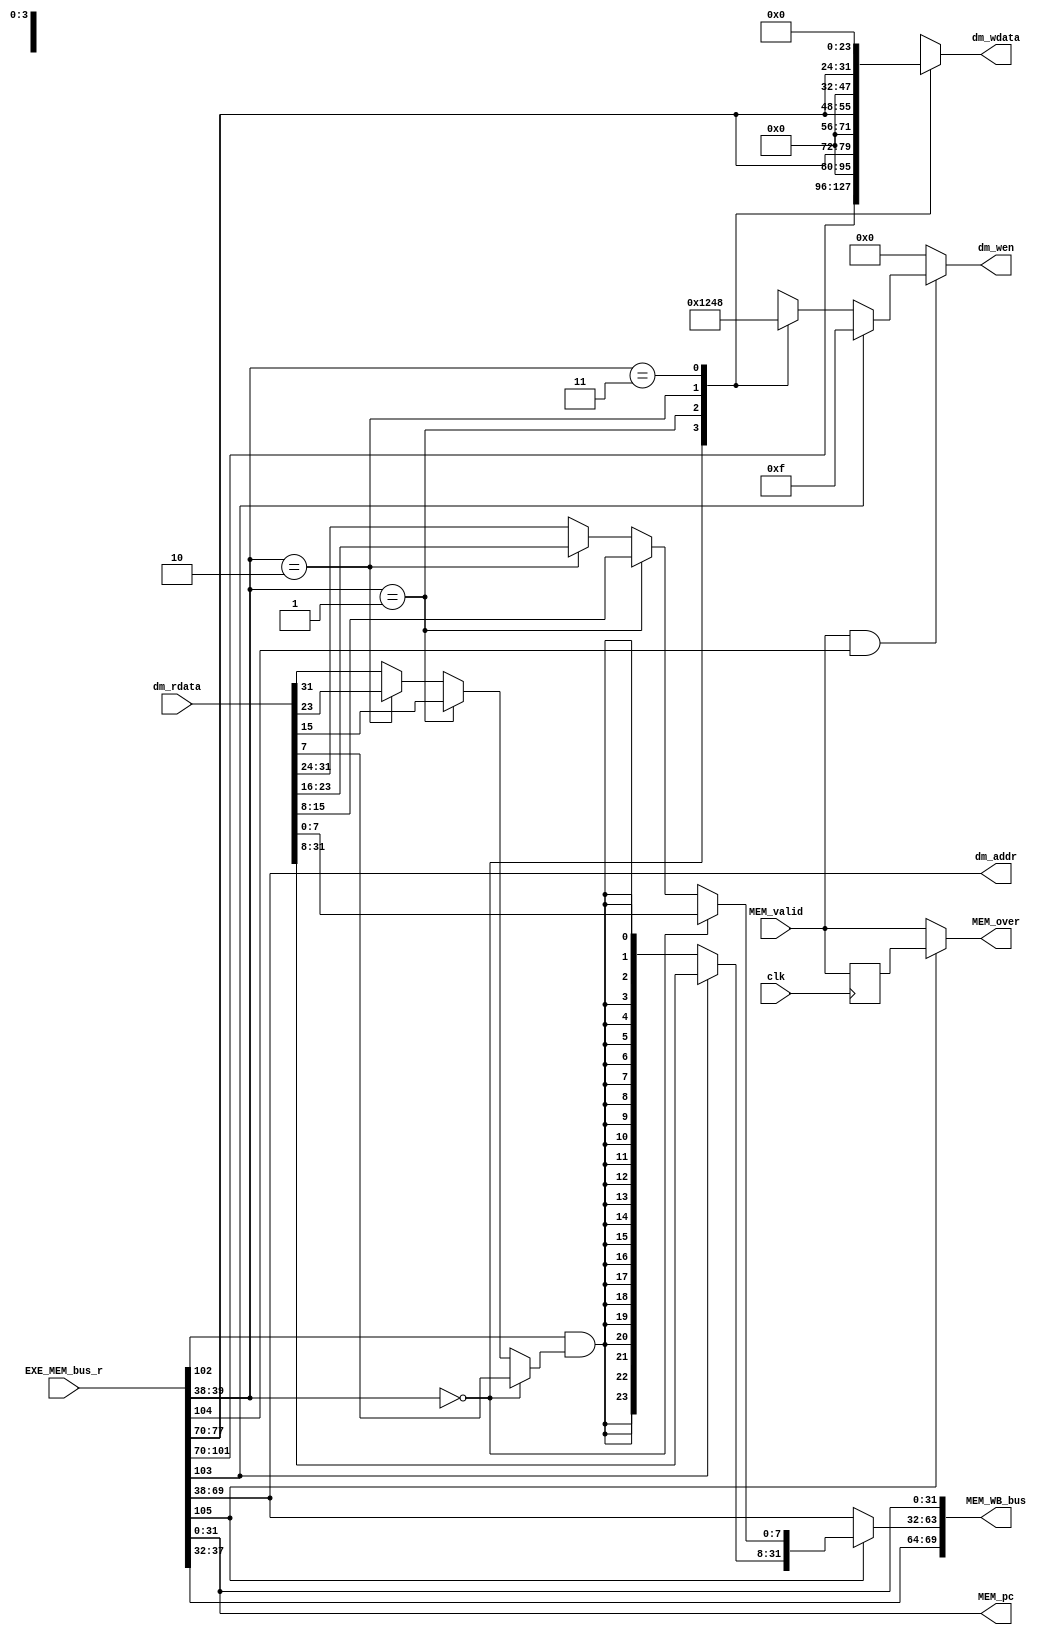
`timescale 1ps / 1ps
module st4_mem (  // 
    input clk,  // 
    input MEM_valid,  // 
    input [105:0] EXE_MEM_bus_r,  //EXE->MEM
    input [31:0] dm_rdata,  // 
    output [31:0] dm_addr,  // 
    output reg [3:0] dm_wen,  // 
    output reg [31:0] dm_wdata,  // 
    output MEM_over,  // MEM
    output [69:0] MEM_WB_bus,  // MEM->WB

    // pc
    output [31:0] MEM_pc
);
  // EXE->MEM begin
  //  load / store 
  wire [3:0] mem_control;  // MEM
  wire [31:0] store_data;  // store

  // alu
  wire [31:0] alu_result;

  // 
  wire rf_wen;  // 
  wire [4:0] rf_wdest;  // 

  // pc
  wire [31:0] pc;
  assign {mem_control, store_data, alu_result, rf_wen, rf_wdest, pc} = EXE_MEM_bus_r;
  // EXE->MEM end

  // load / store  begin
  wire inst_load;  // load
  wire inst_store;  // store
  wire Is_word;  // load / store  0: byte; 1: word
  wire lb_sign;  // loadload
  assign {inst_load, inst_store, Is_word, lb_sign} = mem_control;

  // 
  assign dm_addr = alu_result;

  // store
  always @(*) begin
    if (MEM_valid && inst_store) begin  // store
      if (Is_word) begin
        dm_wen <= 4'b1111;  //  1
      end else begin  // SB  
        case (dm_addr[1:0])
          2'b00:   dm_wen <= 4'b0001;
          2'b01:   dm_wen <= 4'b0010;
          2'b10:   dm_wen <= 4'b0100;
          2'b11:   dm_wen <= 4'b1000;
          default: dm_wen <= 4'b0000;
        endcase
      end
    end else begin
      dm_wen <= 4'b0000;
    end
  end

  // store
  always @(*) begin// SB  store
    case (dm_addr[1:0])
      2'b00:   dm_wdata <= store_data;
      2'b01:   dm_wdata <= {16'd0, store_data[7:0], 8'd0};
      2'b10:   dm_wdata <= {8'd0, store_data[7:0], 16'd0};
      2'b11:   dm_wdata <= {store_data[7:0], 24'd0};
      default: dm_wdata <= store_data;
    endcase
  end

  //load 
  wire load_sign;
  wire [31:0] load_result;
  assign load_sign = (dm_addr[1:0]==2'd0) ? dm_rdata[ 7] : (dm_addr[1:0]==2'd1) ? dm_rdata[15] : (dm_addr[1:0]==2'd2) ? dm_rdata[23] : dm_rdata[31] ;
  assign load_result[7:0] = (dm_addr[1:0]==2'd0) ? dm_rdata[ 7:0 ] : (dm_addr[1:0]==2'd1) ? dm_rdata[15:8 ] : (dm_addr[1:0]==2'd2) ? dm_rdata[23:16] : dm_rdata[31:24] ;
  assign load_result[31:8] = Is_word ? dm_rdata[31:8] : {24{lb_sign & load_sign}};
  // load / store  end

  // MEM begin
  // data_ram
  // load
  // 
  // load
  // memload
  // 
  reg MEM_valid_r;
  always @(posedge clk) begin  // 
    // always @(*) begin  // 
    MEM_valid_r <= MEM_valid;
  end
  assign MEM_over = inst_load ? MEM_valid_r : MEM_valid;
  // data_ram
  // MEM_validMEM_over
  // load
  // MEM end

  // MEM->WB begin
  wire [31:0] mem_result;  // MEMWBresultloadALU
  assign mem_result = inst_load ? load_result : alu_result;
  assign MEM_WB_bus = {
    rf_wen,
    rf_wdest,  // WB
    mem_result,  // 
    pc  // pc
  };
  // MEM->WB end

  // display MEM_pc begin
  assign MEM_pc = pc;
  //display MEM_pc end
endmodule